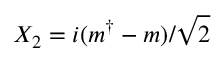
X _ { 2 } = i ( m ^ { \dagger } - m ) / \sqrt { 2 }